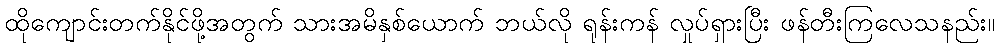
ထိုကျောင်းတက်နိုင်ဖို့အတွက် သားအမိနှစ်ယောက် ဘယ်လို ရုန်းကန် လှုပ်ရှားပြီး ဖန်တီးကြလေသနည်း။